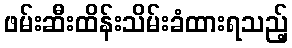
ဖမ်းဆီးထိန်းသိမ်းခံထားရသည့်